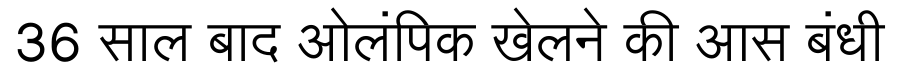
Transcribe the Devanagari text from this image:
36 साल बाद ओलंपिक खेलने की आस बंधी